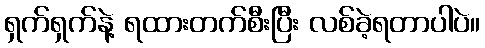
ရှက်ရှက်နဲ့ ရထားတက်စီးပြီး လစ်ခဲ့ရတာပါပဲ။